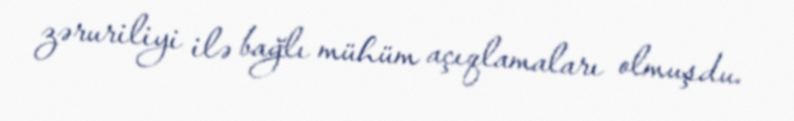
zəruriliyi ilə bağlı mühüm açıqlamaları olmuşdu.